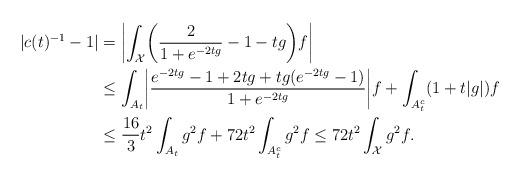
LaTeX: \begin{align*}|c(t)^{-1}-1| &= \biggl|\int_{\mathcal{X}} \biggl(\frac{2}{1+e^{-2tg}} - 1 - tg\biggr)f\biggr| \\&\leq \int_{A_t} \biggl|\frac{e^{-2tg} - 1 + 2tg + tg(e^{-2tg}-1)}{1+e^{-2tg}}\biggr|f + \int_{A_t^c} (1 + t|g|)f \\&\leq \frac{16}{3}t^2 \int_{A_t} g^2f + 72t^2 \int_{A_t^c} g^2f \leq 72 t^2 \int_{\mathcal{X}} g^2 f.\end{align*}